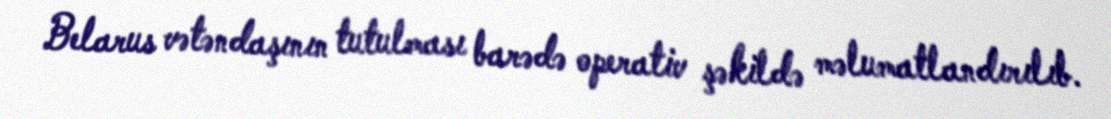
Belarus vətəndaşının tutulması barədə operativ şəkildə məlumatlandırılıb.